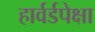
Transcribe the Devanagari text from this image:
हार्वर्डपेक्षा